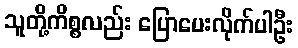
သူတို့ကိစ္စလည်း ပြောပေးလိုက်ပါဦး